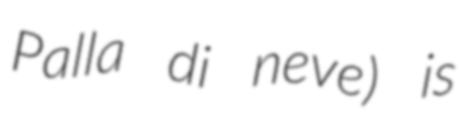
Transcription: Palla di neve) is